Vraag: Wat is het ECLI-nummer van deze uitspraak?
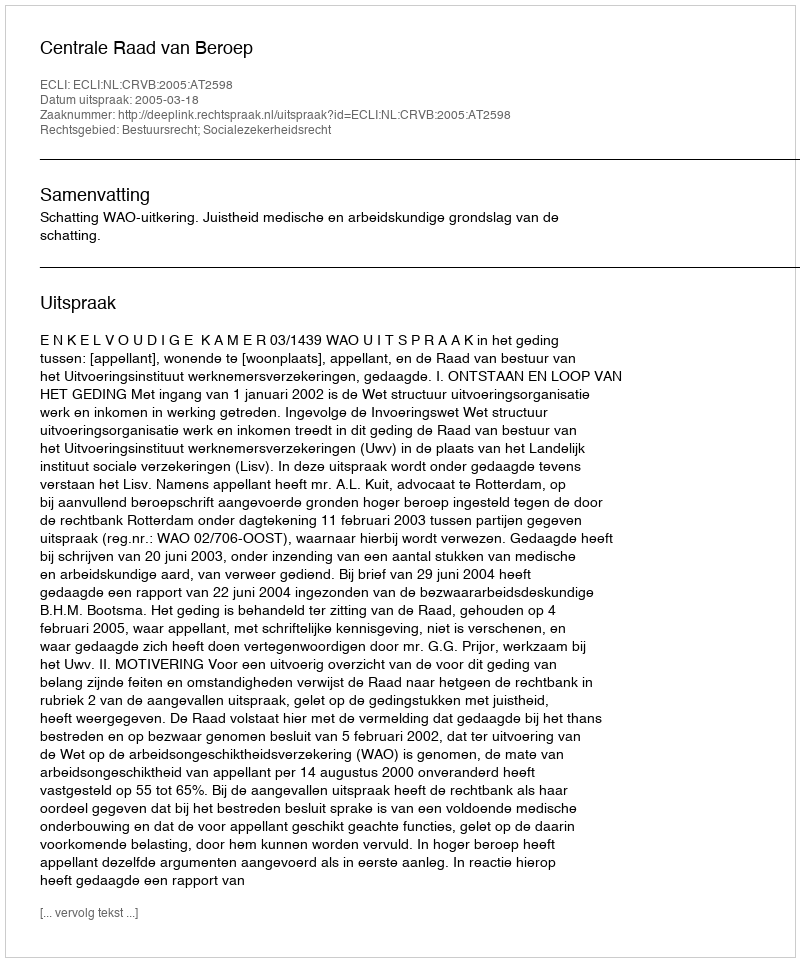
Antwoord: ECLI:NL:CRVB:2005:AT2598